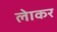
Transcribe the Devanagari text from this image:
लेाकर